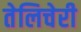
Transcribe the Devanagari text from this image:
तेलिचेरी